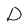
Character: D